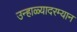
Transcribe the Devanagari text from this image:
उन्हाळ्यादरम्यान